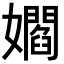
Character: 𡣽